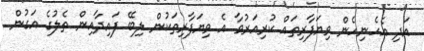
އަދި އެހެނިހެން ވިޔަފާރިތައް ކުރިއަރުވާ އެ ވިޔަފާރިތަކުން ލިބޭ ފައިދާއިން ތެލުގެ އަގުން